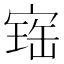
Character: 𡩧